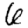
Digit: 6